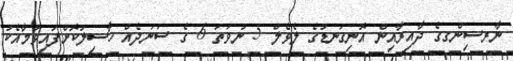
ނާރސިންގގެ ދާއިރާއިން އޮނިގަނޑުގެ ލެވެލް 5 ނުވަތަ 6 ގެ ސަނަދެއް ހާސިލުކޮށްފައިވުމާއެކު